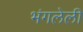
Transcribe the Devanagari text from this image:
भंगलेली